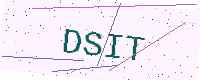
Text: DSIT